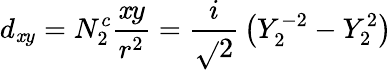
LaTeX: d_{\mathit{x}y}=N_{2}^{c}{\frac{{\mathit{x}y}}{{r^{2}}}}={\frac{{i}}{{\sqrt{}{{2}}}}}\left(Y_{2}^{-2}-Y_{2}^{2}\right)